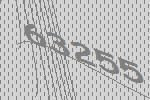
63255